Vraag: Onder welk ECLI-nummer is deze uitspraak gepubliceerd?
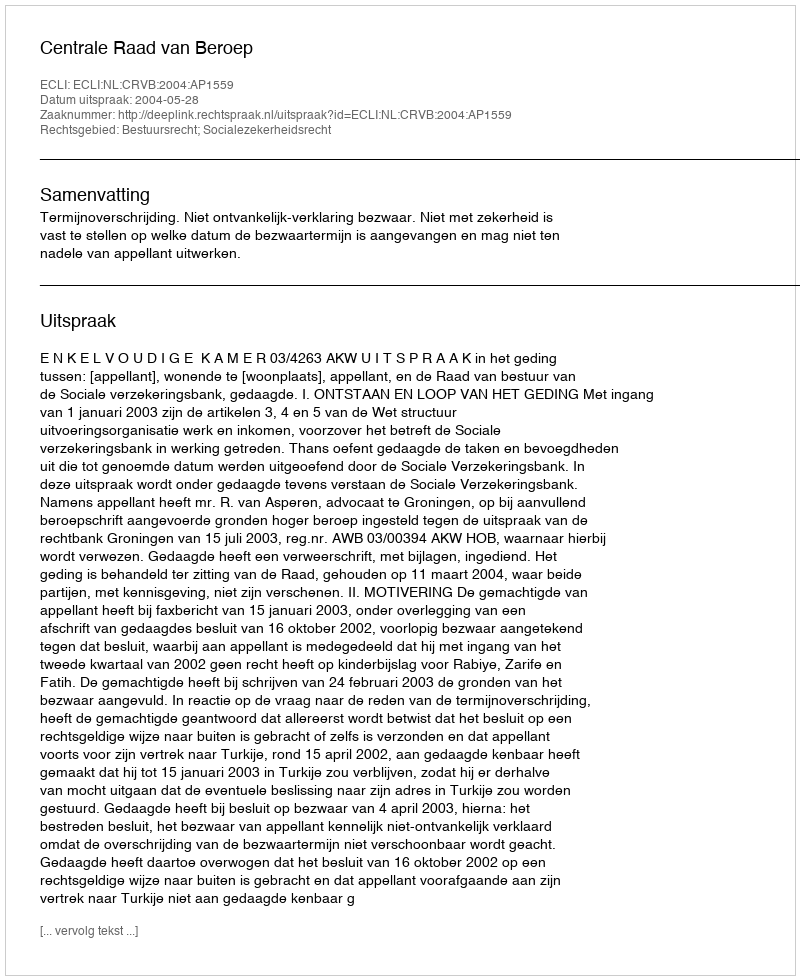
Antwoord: ECLI:NL:CRVB:2004:AP1559